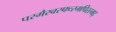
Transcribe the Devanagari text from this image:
परमैरवस्फःरमपिरस्मद्